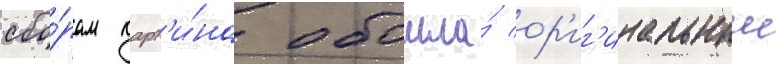
сбо́рам карт'и́на обошла́ ор'иг'инальныи